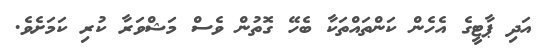
އަދި ޕާޓީގެ އެހެން ކަންތައްތަކާ ބެހޭ ގޮތުން ވެސް މަޝްވަރާ ކުރި ކަމަށެވެ.